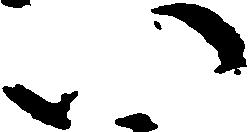
ハ